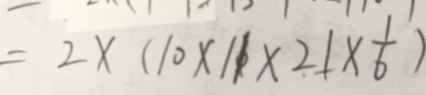
= 2 \times ( 1 0 \times 1 1 \times 2 1 \times \frac { 1 } { 6 } )